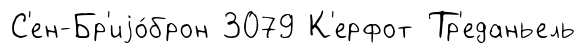
С'ен-Бр'иjо́брон 3079 К'ерфот Тр'еданьель